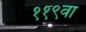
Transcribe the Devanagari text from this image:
११९वा